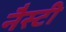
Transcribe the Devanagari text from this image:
नैस्टी